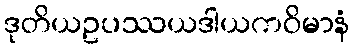
ဒုတိယဥပဿယဒါယကဝိမာနံ